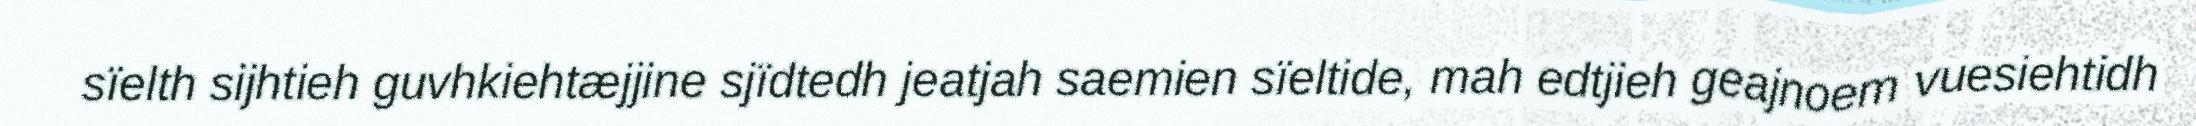
sïelth sijhtieh guvhkiehtæjjine sjïdtedh jeatjah saemien sïeltide, mah edtjieh geajnoem vuesiehtidh